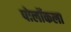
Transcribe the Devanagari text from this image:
पोलॉकला